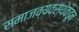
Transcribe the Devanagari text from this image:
समाजव्यवस्थेकडून